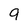
Character: 9